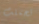
تحملت